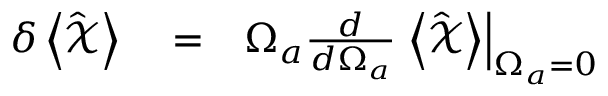
\begin{array} { r l r } { \delta \left< \hat { \mathcal X } \right> } & { { } = } & { \Omega _ { a } \frac { d } { d \Omega _ { a } } \left. \left< \hat { \mathcal X } \right> \right| _ { \Omega _ { a } = 0 } } \end{array}